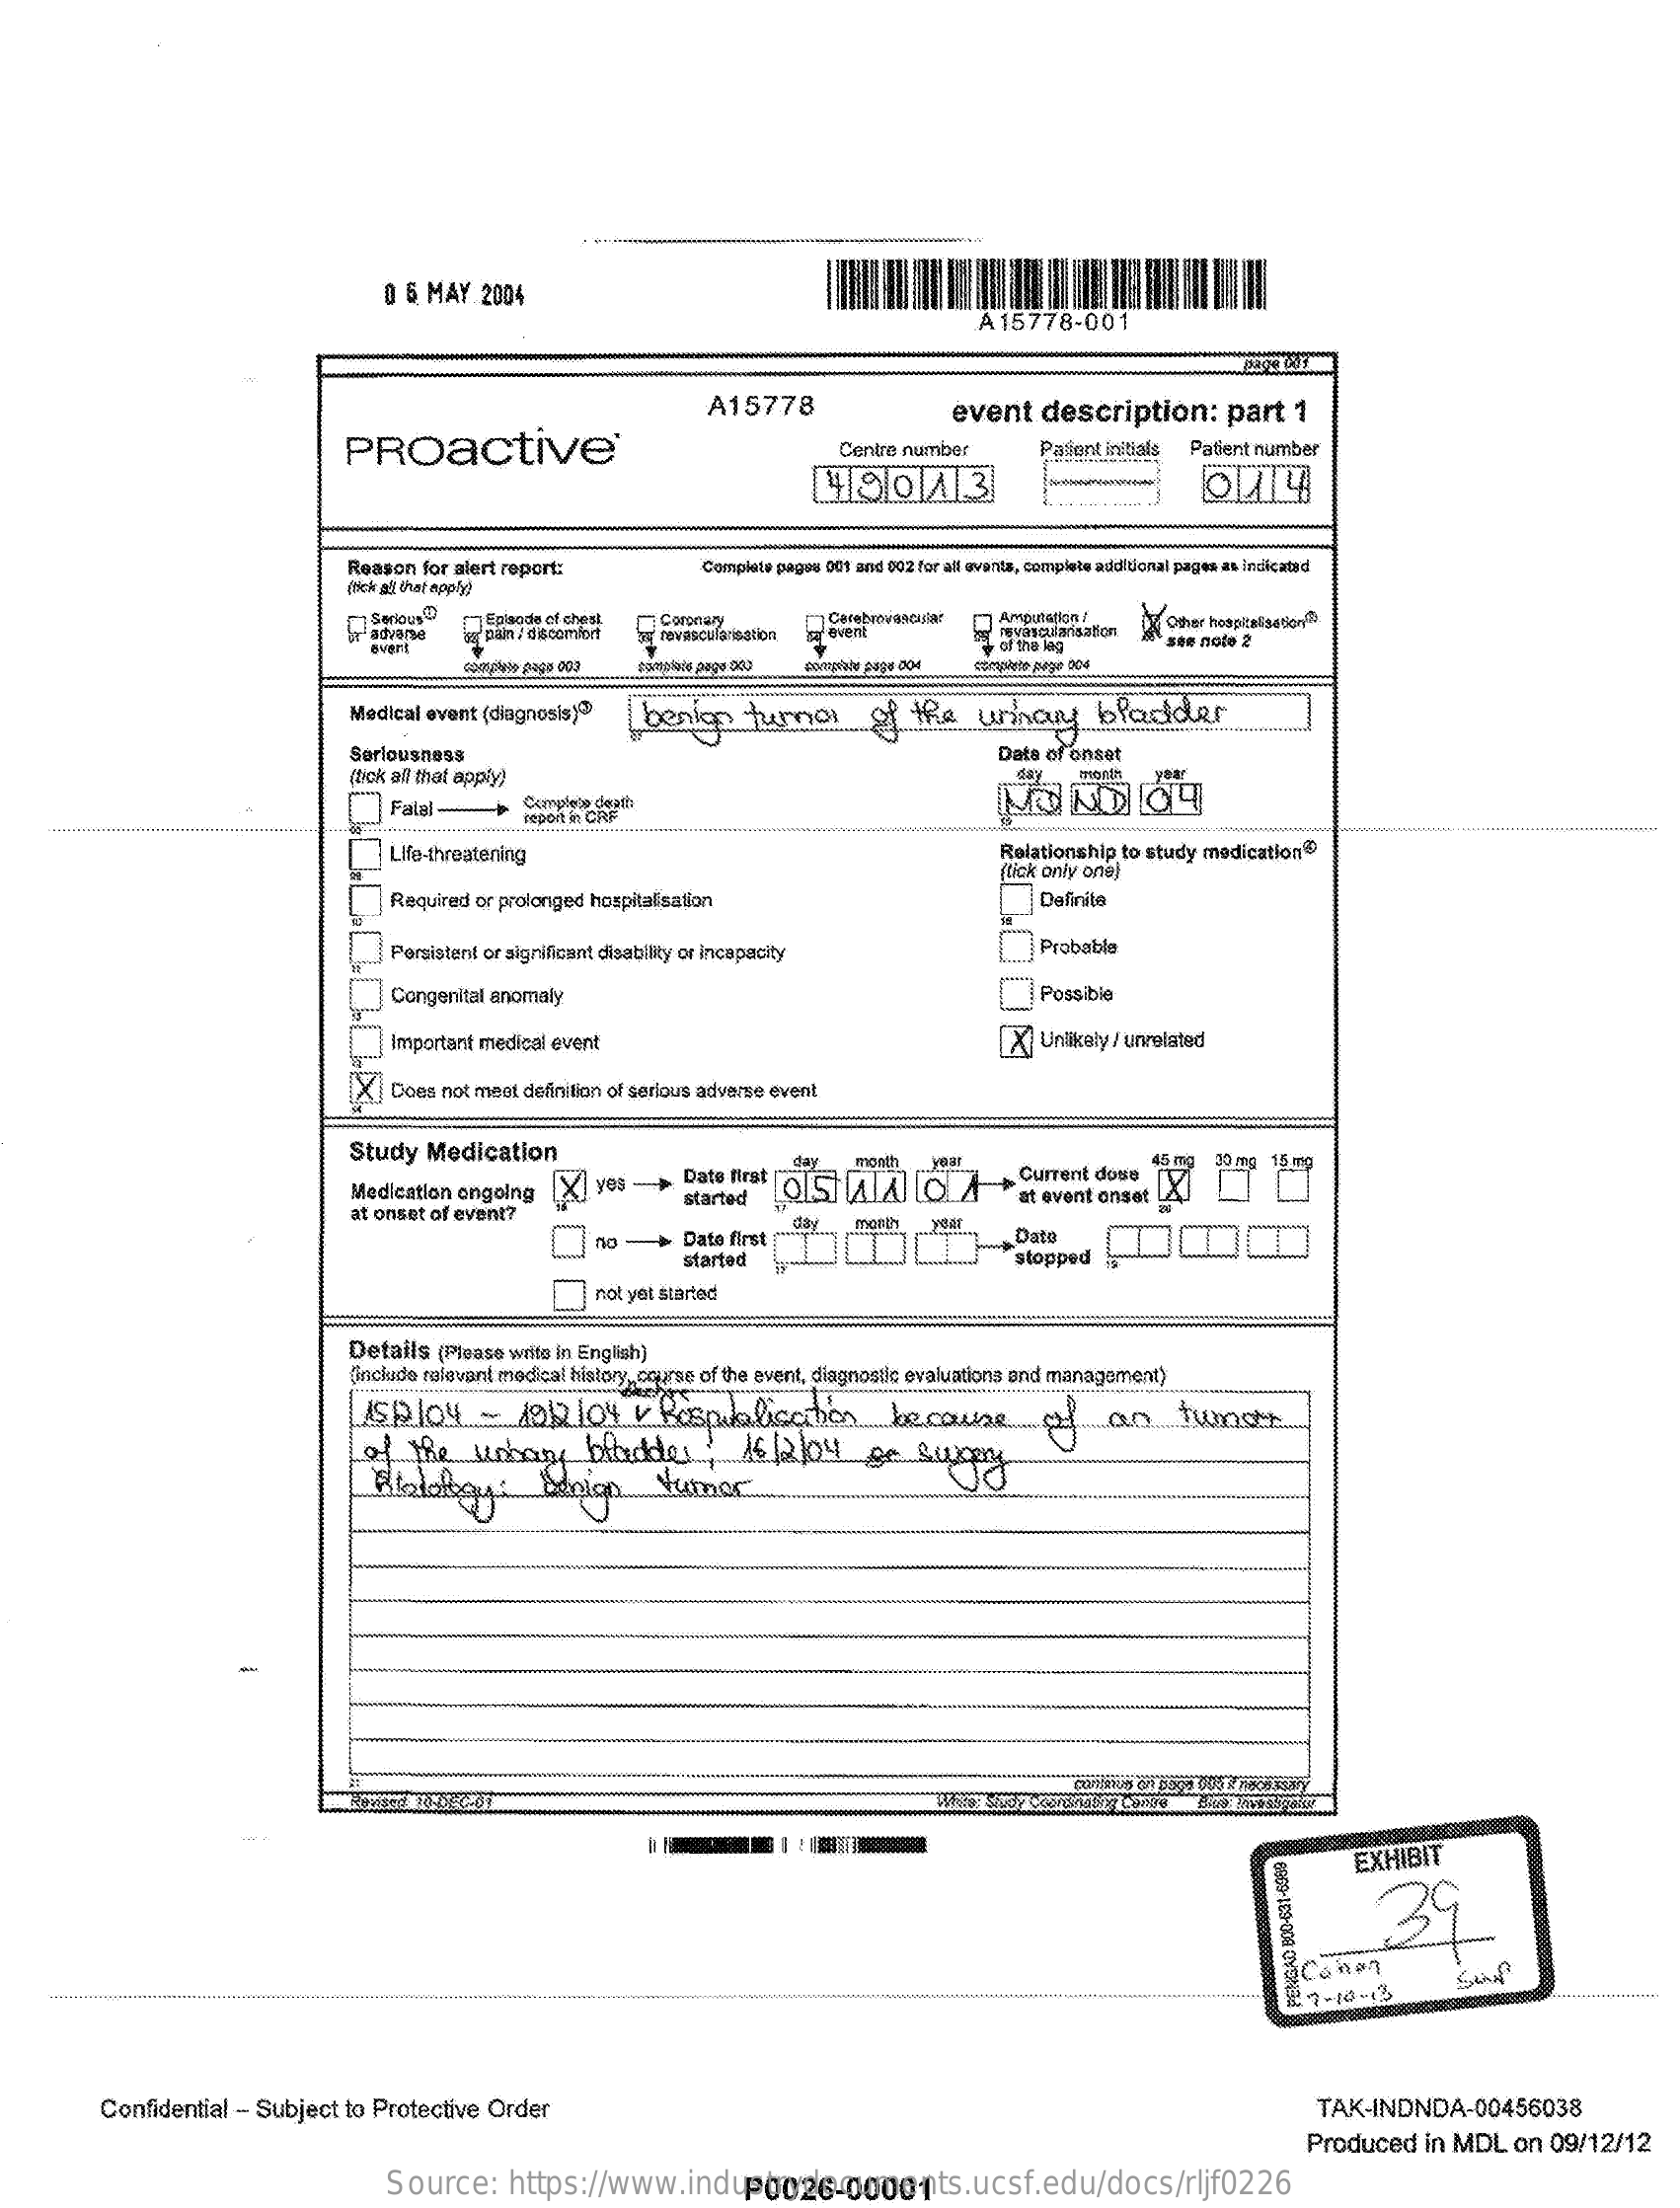
0 6 MAY  2004
     A15778-001
     A15778    event   description:    part   1
     PROactive    Centre number    Patient initials Patient number
     4904.3
     Reason for alert report:    Complete pages 001 and 002 for all events, complete additional pages as indicated
     (nick al, that apply)
     1Episode of chest
     pal / discomfort
     Coronary    Cerebrovascular
     event
     Amputation l
     overt
     terrascularisation
     of She leg    see note 2
     somuplals page 060
     Medical event (diagnosis)> benign    turnol    the   urinary    bladder
     Seriousness    Date of onset
     (tick all that apply)    day
     Fatal-    Complete death
     report in CRF
     Life-threatening    Relationship to study medication®
     (tick only one)
     Required or prolonged hospitalisation    Definite
     [ Porsistant or significant disability or incapacity    Probable
     Congenital anomaly    Possible
     Important medical event    [X] Unlikely / unrelated
     [X] Does not meet definition of serious adverse event
     Study Medication
     Medication ongoing X] vea -    Date first day month
     Current dose
     30 meg 15 mg
     at onset of event?
     started    at event onset
     Date first    Dato    000
     started    stopped
     not yet started
     Details (Please write in English)
     (include relevant medical history, course of the event, diagnostic evaluations and management)
     ASPloy    -  1912104    / Baspublication    because    of    an    Tumatt
     of  the   unbary    bladder,    16/2.14    se   supply
     EXHIBIT
     39
     27-10  -13
     Confidential - Subject to Protective Order    TAK-INDNDA-00456038
     Produced   in MDL  on  09/12/12
     Source:    https://www.industrydocuments.ucsf.edu/docs/rljf0226 P0026-00001